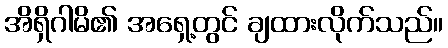
အိရှိဂါမိ၏ အရှေ့တွင် ချထားလိုက်သည်။